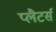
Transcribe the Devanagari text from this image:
प्लैटर्स